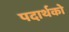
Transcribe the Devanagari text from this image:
पदार्थको